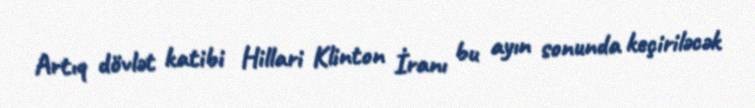
Artıq dövlət katibi Hillari Klinton İranı bu ayın sonunda keçiriləcək